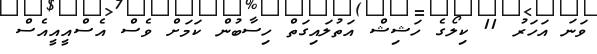
ވަނަ އަހަރު 11 ކިލޯގެ ހަޝިޝް އަތުލައިގަތް ހިސާބުން ކަމަށް ވެސް އެސްއީއީއެސް